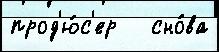
прод'ю́с'ер   сно́ва